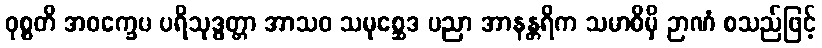
ဝုစ္စတိ အဝက္ခေပ ပရိသုဒ္ဓတ္တာ အာသဝ သမုစ္ဆေဒ ပညာ အာနန္တရိက သမာဓိမှိ ဉာဏံ စသည်ဖြင့်